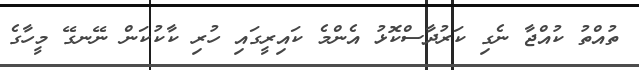
ތުއްތު ކުއްޖާ ނެގި ކަރުދާސްކޮޅު އެންމެ ކައިރީގައި ހުރި ކާކުކަން ނޭނގޭ މީހާގެ